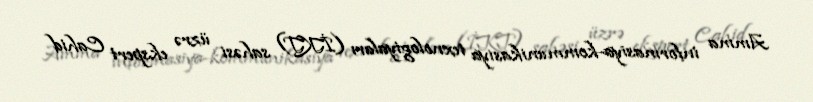
Amma informasiya-kommunikasiya texnologiyaları (İKT) sahəsi üzrə ekspert Cahid